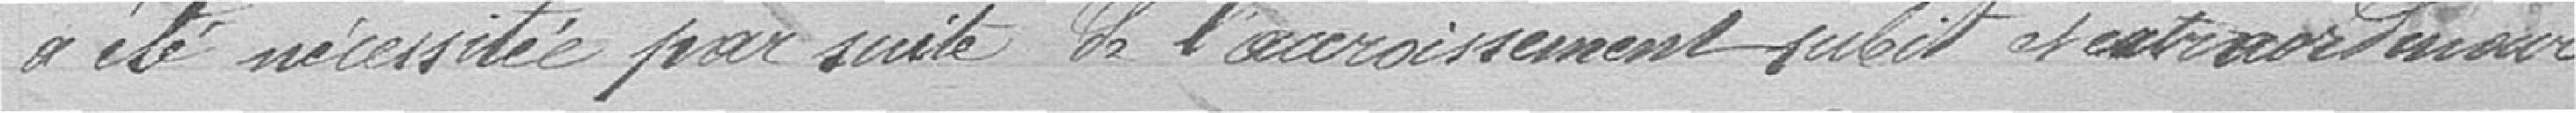
a été nécessitée par l'accroissement subit et extraordinaire